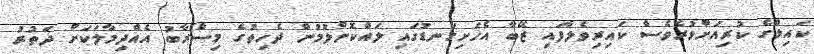
ކައިލްގެ ކުރިއަށްވުރެވެސް ކައިރިވެލާފައި ޒޭބާ އެހަށިގަނޑުގައި ލައްކޮށްލުމުން ދެހިތުގެ މިސްރާބު އެއްދިމާލަކަށް ދަތުރު